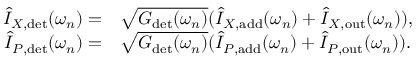
\begin{array} { r l } { \hat { I } _ { X , \mathrm { d e t } } ( \omega _ { n } ) = } & { { } \sqrt { G _ { \mathrm { d e t } } ( \omega _ { n } ) } ( \hat { I } _ { X , \mathrm { a d d } } ( \omega _ { n } ) + \hat { I } _ { X , \mathrm { o u t } } ( \omega _ { n } ) ) , } \\ { \hat { I } _ { P , \mathrm { d e t } } ( \omega _ { n } ) = } & { { } \sqrt { G _ { \mathrm { d e t } } ( \omega _ { n } ) } ( \hat { I } _ { P , \mathrm { a d d } } ( \omega _ { n } ) + \hat { I } _ { P , \mathrm { o u t } } ( \omega _ { n } ) ) . } \end{array}